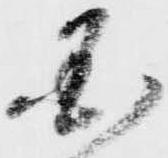
国